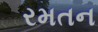
રમતન